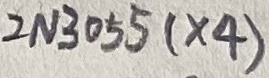
Text: 2N3055(×4)